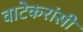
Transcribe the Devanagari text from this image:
वाटेकरांसी